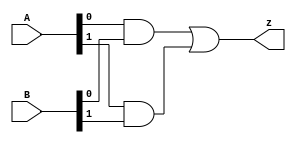
module top_module ( input [1:0] A, input [1:0] B, output z ); 
	// Insert your code here
	wire and1 = A[0] & B[0];
	wire and2 = A[1] & B[1];
	wire or1 = and1 | and2;
	assign z = or1;
endmodule